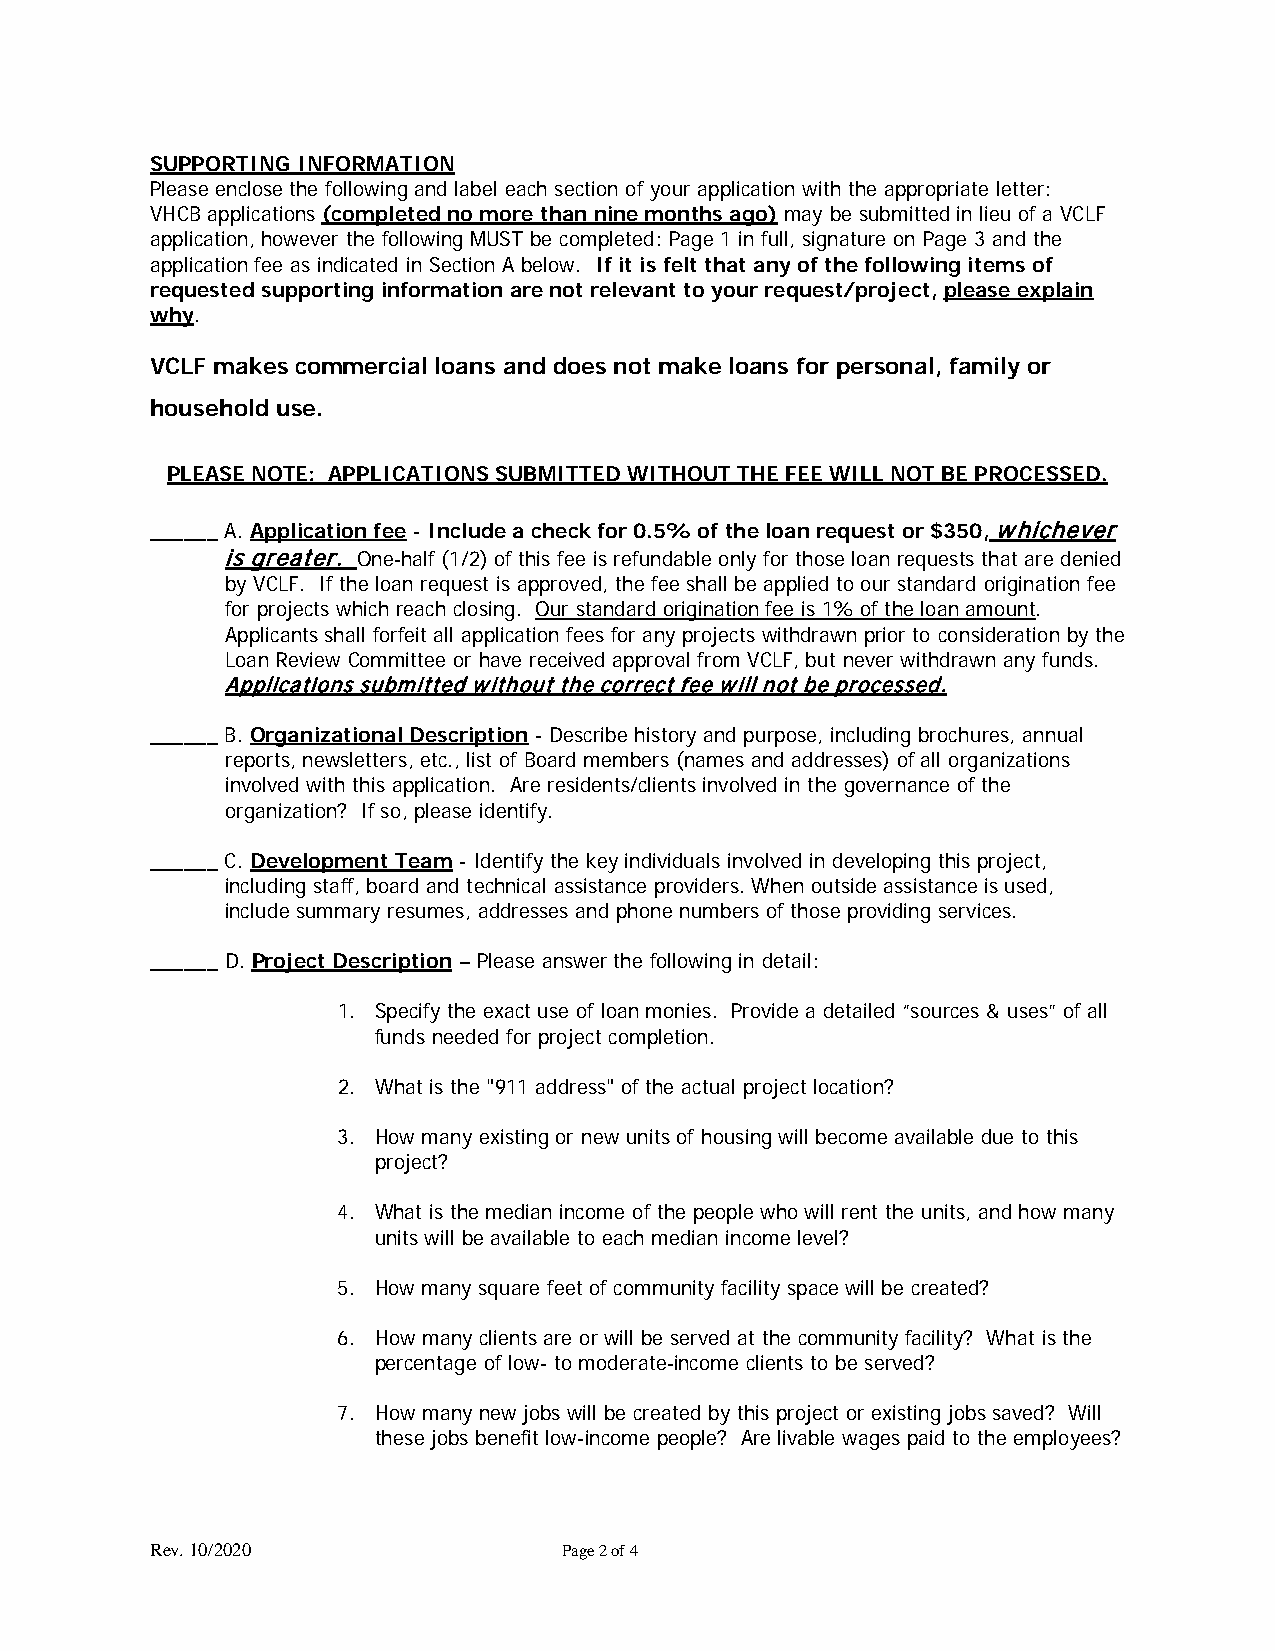
SUPPORTING INFORMATION
 Please enclose the following and label each section of your application with the appropriate letter:
 VHCB applications (completed no more than nine months ago) may be submitted in lieu of a VCLF
 application, however the following MUST be completed: Page 1 in full, signature on Page 3 and the
 application fee as indicated in Section A below. If it is felt that any of the following items of
 requested supporting information are not relevant to your request/project, please explain
 why.
 VCLF makes commercial loans and does not make loans for personal, family or
 household use.
 PLEASE NOTE: APPLICATIONS SUBMITTED WITHOUT THE FEE WILL NOT BE PROCESSED.
 ______ A. Application fee - Include a check for 0.5% of the loan request or $350, whichever
 is greater. One-half (1/2) of this fee is refundable only for those loan requests that are denied
 by VCLF. If the loan request is approved, the fee shall be applied to our standard origination fee
 for projects which reach closing. Our standard origination fee is 1% of the loan amount.
 Applicants shall forfeit all application fees for any projects withdrawn prior to consideration by the
 Loan Review Committee or have received approval from VCLF, but never withdrawn any funds.
 Applications submitted without the correct fee will not be processed.
 ______ B. Organizational Description - Describe history and purpose, including brochures, annual
 reports, newsletters, etc., list of Board members (names and addresses) of all organizations
 involved with this application. Are residents/clients involved in the governance of the
 organization? If so, please identify.
 ______ C. Development Team - Identify the key individuals involved in developing this project,
 including staff, board and technical assistance providers. When outside assistance is used,
 include summary resumes, addresses and phone numbers of those providing services.
 ______ D. Project Description – Please answer the following in detail:
 1. Specify the exact use of loan monies. Provide a detailed “sources & uses” of all
 funds needed for project completion.
 2. What is the "911 address" of the actual project location?
 3. How many existing or new units of housing will become available due to this
 project?
 4. What is the median income of the people who will rent the units, and how many
 units will be available to each median income level?
 5. How many square feet of community facility space will be created?
 6. How many clients are or will be served at the community facility? What is the
 percentage of low- to moderate-income clients to be served?
 7. How many new jobs will be created by this project or existing jobs saved? Will
 these jobs benefit low-income people? Are livable wages paid to the employees?
 Rev. 10/2020               Page 2 of 4